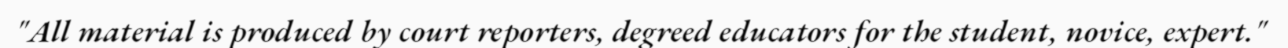
"All material is produced by court reporters, degreed educators for the student, novice, expert."